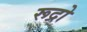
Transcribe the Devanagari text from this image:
रूद्रो